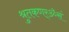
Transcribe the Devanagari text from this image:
श्रुतकणर्ॐसं